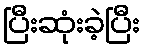
ပြီးဆုံးခဲ့ပြီး